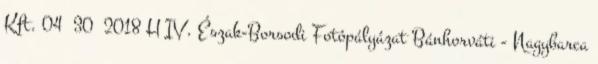
Kft. 04 30 2018 H IV. Észak-Borsodi Fotópályázat Bánhorváti - Nagybarca